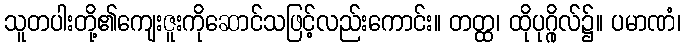
သူတပါးတို့၏ကျေးဇူးကိုဆောင်သဖြင့်လည်းကောင်း။ တတ္ထ၊ ထိုပုဂ္ဂိုလ်၌။ ပမာဏံ၊